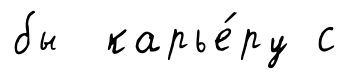
бы карье́ру с